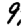
Digit: 9